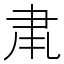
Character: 𮌂